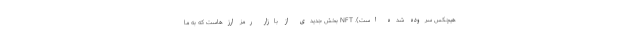
هیچکس سروده شده است). NFT بخش جدیدی از بازار رمز ارزهاست که به ما